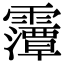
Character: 䨵